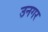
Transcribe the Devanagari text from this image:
उनगर